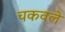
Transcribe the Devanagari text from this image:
चकवले